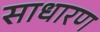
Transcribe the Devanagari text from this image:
साधारण्‍ा